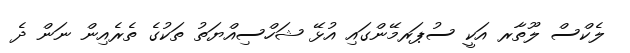
ލެކްސް ލޫތާރ އަކީ ސުޕަރމޭންގައި އުޅޭ ޝަހްސިއްޔަތު ތަކުގެ ތެރެއިން ނަން ދެ